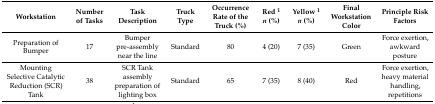
<table><thead><tr><td><b>Workstation</b></td><td><b>Number of Tasks</b></td><td><b>Task Description</b></td><td><b>Truck Type</b></td><td><b>Occurrence Rate of the Truck (%)</b></td><td><b>Red <sup>1</sup><i>n</i> (%)</b></td><td><b>Yellow <sup>1</sup><i>n</i> (%)</b></td><td><b>Final Workstation Color</b></td><td><b>Principle Risk Factors</b></td></tr></thead><tbody><tr><td>Preparation of Bumper</td><td>17</td><td>Bumper pre-assembly near the line</td><td>Standard</td><td>80</td><td>4 (20)</td><td>7 (35)</td><td>Green</td><td>Force exertion, awkward posture</td></tr><tr><td>Mounting Selective Catalytic Reduction (SCR) Tank</td><td>38</td><td>SCR Tank assembly preparation of lighting box</td><td>Standard</td><td>65</td><td>7 (35)</td><td>8 (40)</td><td>Red</td><td>Force exertion, heavy material handling, repetitions</td></tr></tbody></table>